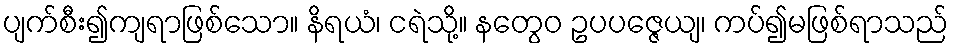
ပျက်စီး၍ကျရာဖြစ်သော။ နိရယံ၊ ငရဲသို့။ နတွေဝ ဥပပဇ္ဇေယျ၊ ကပ်၍မဖြစ်ရာသည်